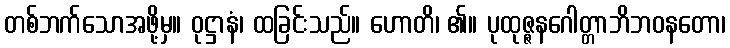
တစ်ဘက်သောအဖို့မှ။ ဝုဋ္ဌာနံ၊ ထခြင်းသည်။ ဟောတိ၊ ၏။ ပုထုဇ္ဇနဂေါတ္တာဘိဘဝနတော၊